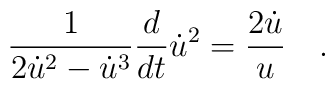
\frac{1}{2\dot{u}^2-\dot{u}^3}\frac{d}{dt}\dot{u}^2=\frac{2\dot{u}}{u} \quad .